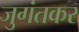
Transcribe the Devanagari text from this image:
जुगंतकर